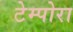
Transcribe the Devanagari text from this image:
टेम्पोरा